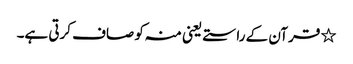
٭ قرآن کے راستے یعنی منہ کو صاف کرتی ہے۔